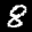
Label: 8